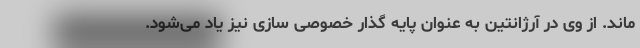
ماند. از وی در آرژانتین به عنوان پایه گذار خصوصی سازی نیز یاد می‌شود.